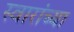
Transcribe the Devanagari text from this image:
स्वारांच्या